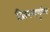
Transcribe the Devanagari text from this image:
द्विपरमाणुविक